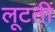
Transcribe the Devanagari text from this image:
लूटतीं